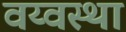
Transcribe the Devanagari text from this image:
वय्वस्था